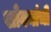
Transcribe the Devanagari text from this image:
खोक्यांची